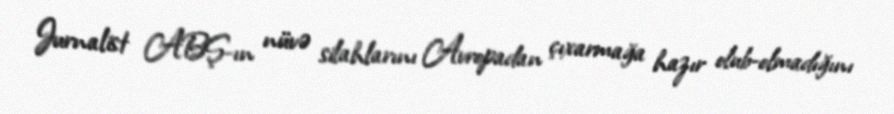
Jurnalist ABŞ-ın nüvə silahlarını Avropadan çıxarmağa hazır olub-olmadığını